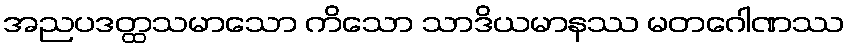
အညပဒတ္ထသမာသော ကိသော သာဒိယမာနဿ မတဂေါဏဿ